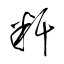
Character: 粁